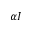
\alpha I